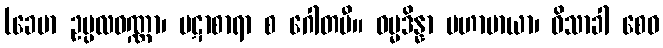
(ခေမာ ဥပ္ပလဝဏ္ဏာ၊ ပဋာစာရာ စ ဂေါတမီ။ ဓမ္မဒိန္နာ မဟာမာယာ၊ ဝိသာခါ စေဝ